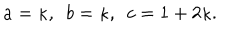
LaTeX: a = \kappa , ~ ~ b = \kappa , ~ ~ c = 1 + 2 \kappa .